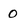
Character: 0